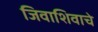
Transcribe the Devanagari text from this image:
जिवाशिवाचे